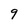
Character: 9